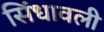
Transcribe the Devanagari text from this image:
सिंधावली